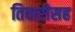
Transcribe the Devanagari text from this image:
तिवारीसह